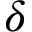
\delta